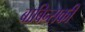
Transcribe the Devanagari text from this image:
बाबिन्सकी